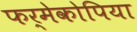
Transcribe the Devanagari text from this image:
फर्मेकोपिया